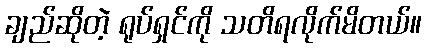
ချည်ဆိုတဲ့ ရုပ်ရှင်ကို သတိရလိုက်မိတယ်။